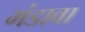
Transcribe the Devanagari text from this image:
गंडावा